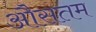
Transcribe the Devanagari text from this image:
औसतम